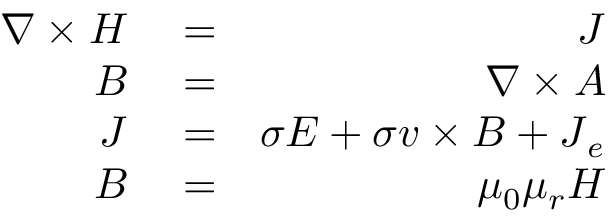
\begin{array} { r l r } { \nabla \times \ensuremath { \boldsymbol { H } } } & { { } = } & { \ensuremath { \boldsymbol { J } } } \\ { \ensuremath { \boldsymbol { B } } } & { { } = } & { \nabla \times \ensuremath { \boldsymbol { A } } } \\ { \ensuremath { \boldsymbol { J } } } & { { } = } & { \sigma \ensuremath { \boldsymbol { E } } + \sigma \ensuremath { \boldsymbol { v } } \times \ensuremath { \boldsymbol { B } } + \ensuremath { \boldsymbol { J } } _ { e } } \\ { \ensuremath { \boldsymbol { B } } } & { { } = } & { \mu _ { 0 } \mu _ { r } \ensuremath { \boldsymbol { H } } } \end{array}